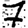
Digit: 7